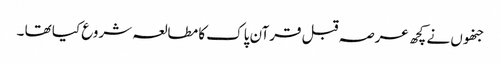
جنھوں نے کچھ عرصہ قبل قرآن پاک کا مطالعہ شروع کیا تھا ۔